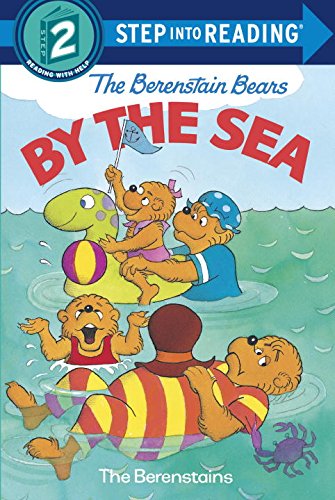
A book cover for The Berenstain Bears by the Sea (Step-Into-Reading, Step 2); Stan Berenstain; Children's Books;